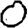
Digit: 0